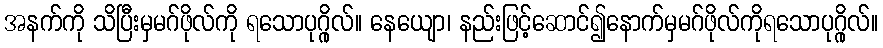
အနက်ကို သိပြီးမှမဂ်ဖိုလ်ကို ရသောပုဂ္ဂိုလ်။ နေယျော၊ နည်းဖြင့်ဆောင်၍နောက်မှမဂ်ဖိုလ်ကိုရသောပုဂ္ဂိုလ်။